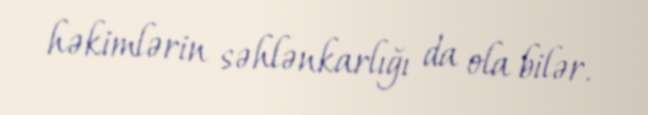
həkimlərin səhlənkarlığı da ola bilər.